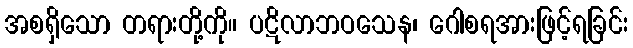
အစရှိသော တရားတို့ကို။ ပဋိလာဘဝသေန၊ ဂေါစရအားဖြင့်ရခြင်း